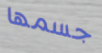
جسمها